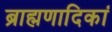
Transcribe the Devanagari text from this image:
ब्राह्मणादिकां